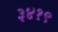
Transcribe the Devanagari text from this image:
३४१९